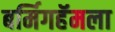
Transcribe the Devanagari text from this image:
बर्मिगहॅमला